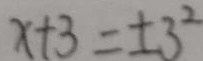
x + 3 = \pm 3 ^ { 2 }